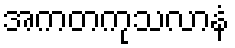
အကတကုသလာနံ